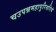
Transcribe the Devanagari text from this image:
चउपन्नमहापुरिसरियं